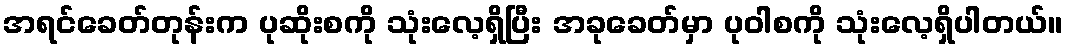
အရင်ခေတ်တုန်းက ပုဆိုးစကို သုံးလေ့ရှိပြီး အခုခေတ်မှာ ပုဝါစကို သုံးလေ့ရှိပါတယ်။